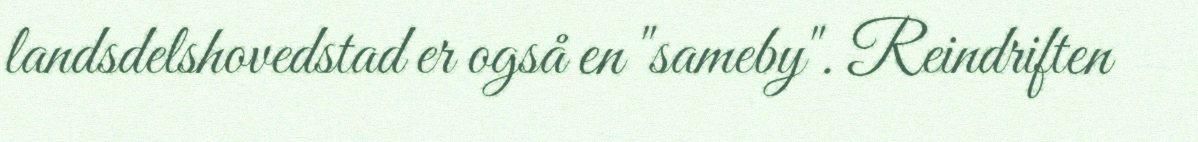
landsdelshovedstad er også en "sameby". Reindriften